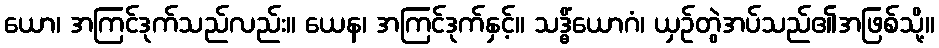
ယော၊ အကြင်ဒုက်သည်လည်း။ ယေန၊ အကြင်ဒုက်နှင့်။ သဒ္ဓိံယောဂံ၊ ယှဉ်တွဲအပ်သည်၏အဖြစ်သို့။